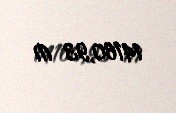
14160,93 ₼